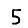
Digit: 5